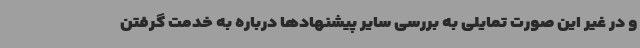
و در غیر این صورت تمایلی به بررسی سایر پیشنهادها درباره به خدمت گرفتن